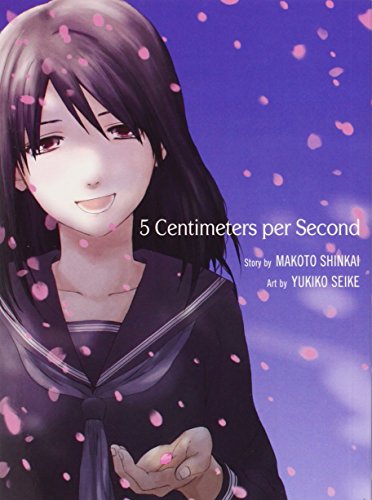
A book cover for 5 Centimeters per Second; Comics & Graphic Novels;